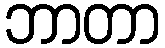
ဘာတာ